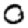
Digit: 0